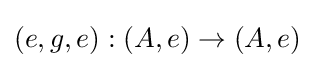
(e,g,e):(A,e)\rightarrow (A,e)